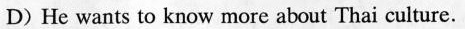
D) He wants to know more about Thai culture.